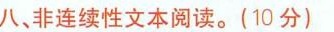
八、非连续性文本阅读。